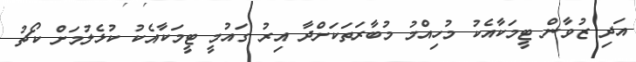
އަދި ޒުވާން ޓީމަކާއެކު މުހިއްމު މުބާރަތަކަށްދާ އިރު ގައުމީ ޓީމަކާއެކު ކުޅެލުމަށް ކޯޗު